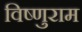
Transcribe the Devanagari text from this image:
विष्णुराम